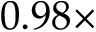
0 . 9 8 \times